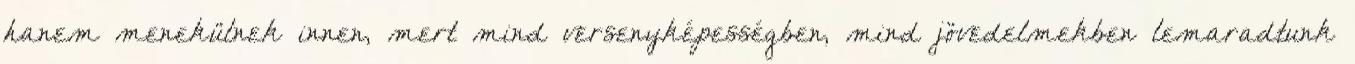
hanem menekülnek innen, mert mind versenyképességben, mind jövedelmekben lemaradtunk